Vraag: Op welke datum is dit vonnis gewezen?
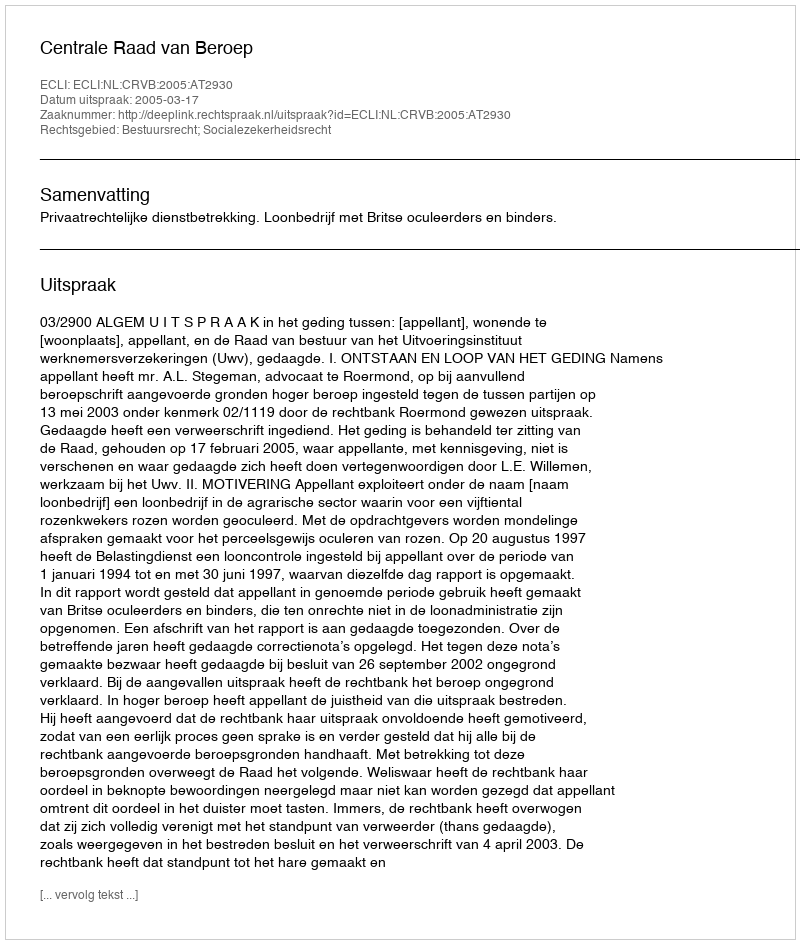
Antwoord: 2005-03-17